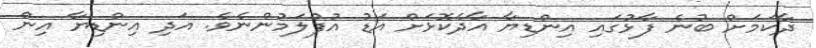
ދާކަމަށް ބުނެ ފާޅުގައި އިންޑިޔާ އާދެކޮޅަށް އަޑު އުފުލަމުންނެވެ. އަދި އިންޑިޔާ އިން